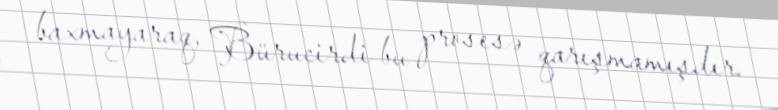
baxmayaraq, Bürucirdi bu prosesə qarışmamışdır.